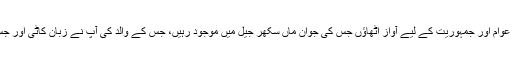
مجھ پر فرض ہے ملک کے لیے، عوام اور جمہوریت کے لیے آواز اٹھاؤں جس کی جوان ماں سکھر جیل میں موجود رہیں، جس کے والد کی آپ نے زبان کاٹی اور جس کے نانا کو پھانسی پہ چڑھا دیا۔